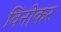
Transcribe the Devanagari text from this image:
विनोकर